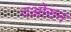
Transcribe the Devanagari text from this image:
दओरान